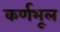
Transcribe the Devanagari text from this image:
कर्णभूल